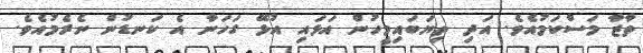
ތާޒާ މަސްކަމުއެވެ. އަދި ތިޔަބައިމީހުން އަޅައި އުޅޭ ގަހަނާ އެ ކަނޑުން ނެރެމުއެވެ.